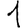
Digit: 1